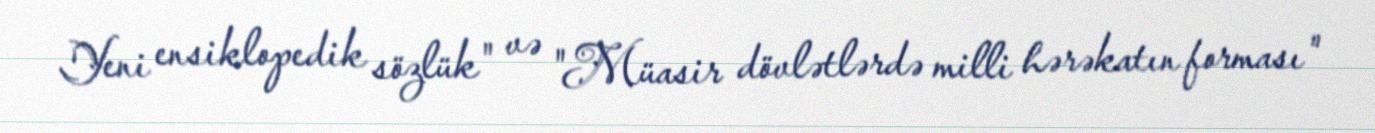
Yeni ensiklopedik sözlük" və "Müasir dövlətlərdə milli hərəkatın forması"